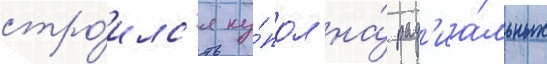
стро́илс'я ку́пол на́ рад'иа́льных